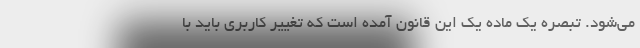
می‌شود. تبصره یک ماده یک این قانون آمده است که تغییر کاربری باید با